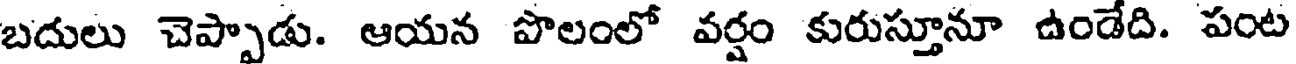
బదులు చెప్పాడు. ఆయన పొలంలో వర్షం కురుస్తూనూ ఉండేది. పంట